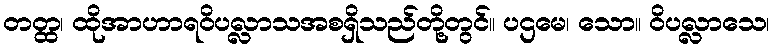
တတ္ထ၊ ထိုအာဟာရဝိပလ္လာသအစရှိသည်တို့တွင်။ ပဌမေ၊ သော။ ဝိပလ္လာသေ၊